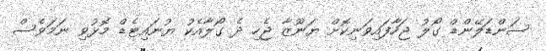
ސަންޑަލޭންޑް ގޯލު ޖަހާފައިވަނިކޮށް ޔަނޫޒާ ޖެހި ދެ ގޯލާއެކު ޔުނައިޓެޑް މޮޅުވި ނަމަވެސް